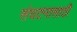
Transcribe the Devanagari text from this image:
संघटनासाठी